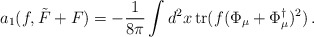
\begin{align*}a_1(f,\tilde F+F) =-\frac 1{8\pi} \int d^2x\,{\rm tr} (f(\Phi_\mu +\Phi_\mu^\dag )^2)\,.\end{align*}